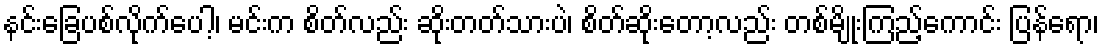
နင်းခြေပစ်လိုက်ပေါ့၊ မင်းက စိတ်လည်း ဆိုးတတ်သားပဲ၊ စိတ်ဆိုးတော့လည်း တစ်မျိုးကြည့်ကောင်း ပြန်ရော၊